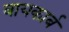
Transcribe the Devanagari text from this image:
बायकार्ब